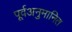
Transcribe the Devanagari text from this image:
पूर्वअनुमानित